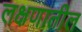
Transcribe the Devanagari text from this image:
लक्षणातील